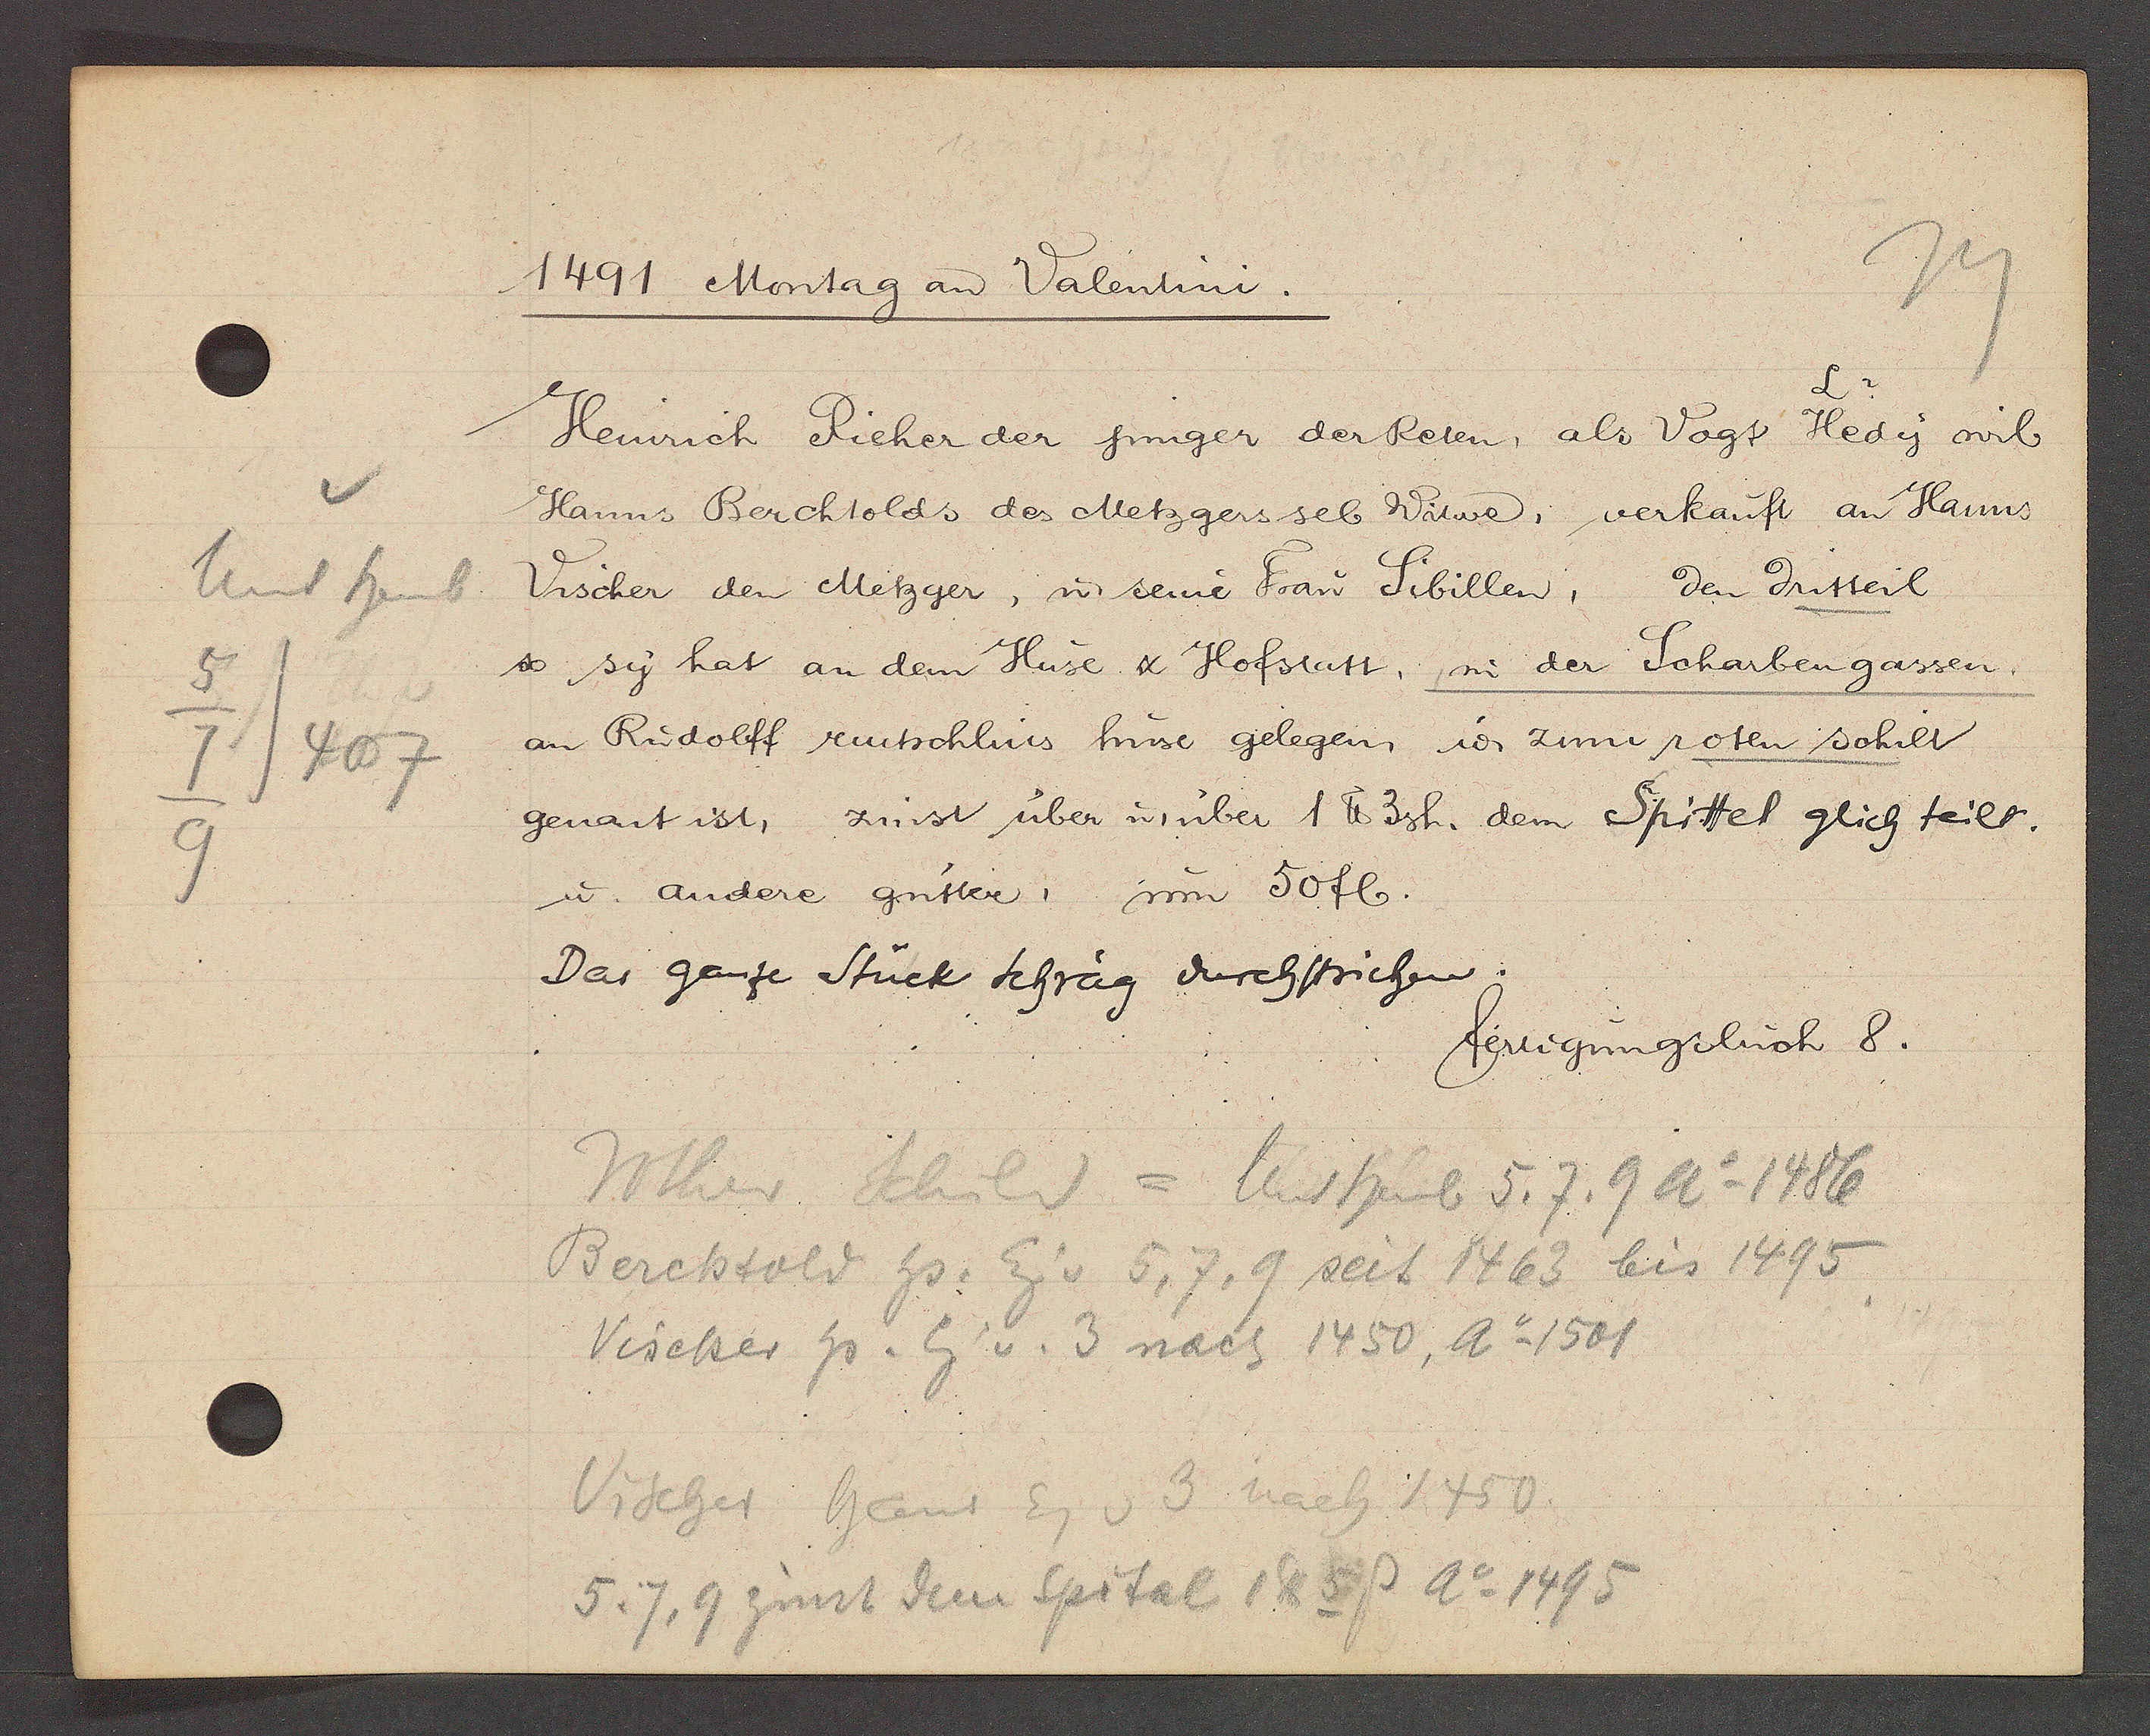
Transcript:
Unt heub
5
7/407
9

1491 Montag an Valentini.

Heinrich Rieher der junger der Reten, als Vogt Hedy wil
Hanns Berchtolds des Metzgers sel Witwe, verkauft an Hanns
Vischer den Metzger, ư seine Frau Sibillen, den dritteil
so sy hat an dem Huse & Hofstatt in der Scharbengassen.
an Rudolff rutschlins huse gelegen, ư zum roten schilt
genant ist, zinst über ư über 1 ℔ 3sh. dem Spittel glich teils.
u. andere gutter, um 50fl.
Das ganze Stück schräg durchstrichen.

fertigungsbuch 8.

Rother Schild = Unt heub 5. 7. 9 Ao 1486
Berchtold hs. Eig v. 5, 7, 9 seit 1463 bis 1495
Vischer hs. Eig v. 3 nach 1450, Ao 1501
Vischer haus Eg v 3 nach 1450
5, 7, 9 zinst dem Spital 1℔ 5P Ao 1495